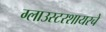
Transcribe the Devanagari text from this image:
ग्लाउस्टरशायरचे